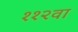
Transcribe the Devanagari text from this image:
११२वा